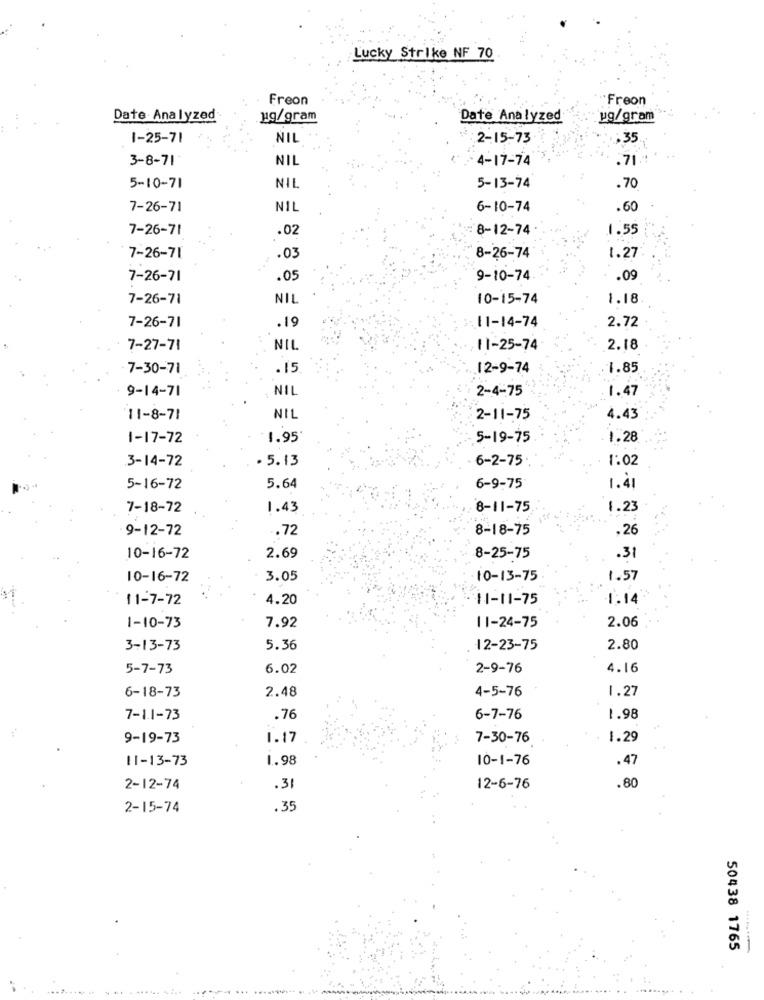
Lucky Strike NF 70
Freon
Freon
Date Analyzed
ug/gram
Date Analyzed
ug/gram
1-25-71
NIL
2-15-73
.35
3-8-71*
NIL
4-17-74
.71.
5-10-71
NIL
5-13-74
.70
7-26-71
NIL
6-10-74
.60
7-26-71
.02
8-12-74
1.55
7-26-71
.03
8-26-74
1.27
7-26-71
.05
9-10-74
.09
7-26-71
NIL
10-15-74
1.18
7-26-71
.19
.11-14-74
2.72
7-27-71
NIL
11-25-74
2.18
7-30-71
. 15
12-9-74
1.85
9-14-71
NIL
2-4-75
1.47
11-8-71
NIL
2-11-75
4.43
1-17-72
1.95
5-19-75
1.28
. 5.13
6-2-75
1:02
3-14-72
5-16-72
5.64
6-9-75
1.41
7-18-72
1.43
8-11-75
1.23
9-12-72
.72
8-18-75
,26
10-16-72
2.69
8-25-75
.31
10-16-72
3.05
10-13-75
1.57
11-7-72
4.20
11-11-75
1.14
1-10-73
7.92
2.06
11-24-75
3-13-73
5.36
12-23-75
2.80
5-7-73
6.02
2-9-76
4.16
6-18-73
2.48
4-5-76
1.27
7-1.1-73
.76
6-7-76
1.98
9-19-73
1.17
7-30-76
1.29
11-13-73
1.98
10-1-76
.47
.80
2-12-74
.31
12-6-76
2-15-74
.35
50438 1765